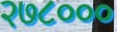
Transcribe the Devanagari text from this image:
२७८०००